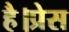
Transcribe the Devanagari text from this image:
है।प्रेस